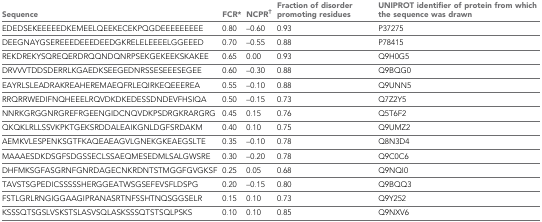
<table><thead><tr><td><b>Sequence</b></td><td><b>FCR*</b></td><td><b>NCPR<sup>†</sup></b></td><td><b>Fraction of disorder promoting residues</b></td><td><b>UNIPROT identifier of protein from which the sequence was drawn</b></td></tr></thead><tbody><tr><td>EDEDSEKEEEEEDKEMEELQEEKECEKPQGDEEEEEEEEE</td><td>0.80</td><td>–0.60</td><td>0.93</td><td>P37275</td></tr><tr><td>DEEGNAYGSEREEEDEEEDEEDGKRELELEEEELGGEEED</td><td>0.70</td><td>–0.55</td><td>0.88</td><td>P78415</td></tr><tr><td>REKDREKYSQREQERDRQQNDQNRPSEKGEKEEKSKAKEE</td><td>0.65</td><td>0.00</td><td>0.93</td><td>Q9H0G5</td></tr><tr><td>DRVVVTDDSDERRLKGAEDKSEEGEDNRSSESEEESEGEE</td><td>0.60</td><td>–0.30</td><td>0.88</td><td>Q9BQG0</td></tr><tr><td>EAYRLSLEADRAKREAHEREMAEQFRLEQIRKEQEEEREA</td><td>0.55</td><td>–0.10</td><td>0.88</td><td>Q9UNN5</td></tr><tr><td>RRQRRWEDIFNQHEEELRQVDKDKEDESSDNDEVFHSIQA</td><td>0.50</td><td>–0.15</td><td>0.73</td><td>Q7Z2Y5</td></tr><tr><td>NNRKGRGGNRGREFRGEENGIDCNQVDKPSDRGKRARGRG</td><td>0.45</td><td>0.15</td><td>0.76</td><td>Q5T6F2</td></tr><tr><td>QKQKLRLLSSVKPKTGEKSRDDALEAIKGNLDGFSRDAKM</td><td>0.40</td><td>0.10</td><td>0.75</td><td>Q9UMZ2</td></tr><tr><td>AEMKVLESPENKSGTFKAQEAEAGVLGNEKGKEAEGSLTE</td><td>0.35</td><td>–0.10</td><td>0.78</td><td>Q8N3D4</td></tr><tr><td>MAAAESDKDSGFSDGSSECLSSAEQMESEDMLSALGWSRE</td><td>0.30</td><td>–0.20</td><td>0.78</td><td>Q9C0C6</td></tr><tr><td>DHFMKSGFASGRNFGNRDAGECNKRDNTSTMGGFGVGKSF</td><td>0.25</td><td>0.05</td><td>0.68</td><td>Q9NQI0</td></tr><tr><td>TAVSTSGPEDICSSSSSHERGGEATWSGSEFEVSFLDSPG</td><td>0.20</td><td>–0.15</td><td>0.80</td><td>Q9BQQ3</td></tr><tr><td>FSTLGRLRNGIGGAAGIPRANASRTNFSSHTNQSGGSELR</td><td>0.15</td><td>0.10</td><td>0.73</td><td>Q9Y252</td></tr><tr><td>KSSSQTSGSLVSKSTSLASVSQLASKSSSQTSTSQLPSKS</td><td>0.10</td><td>0.10</td><td>0.85</td><td>Q9NXV6</td></tr></tbody></table>